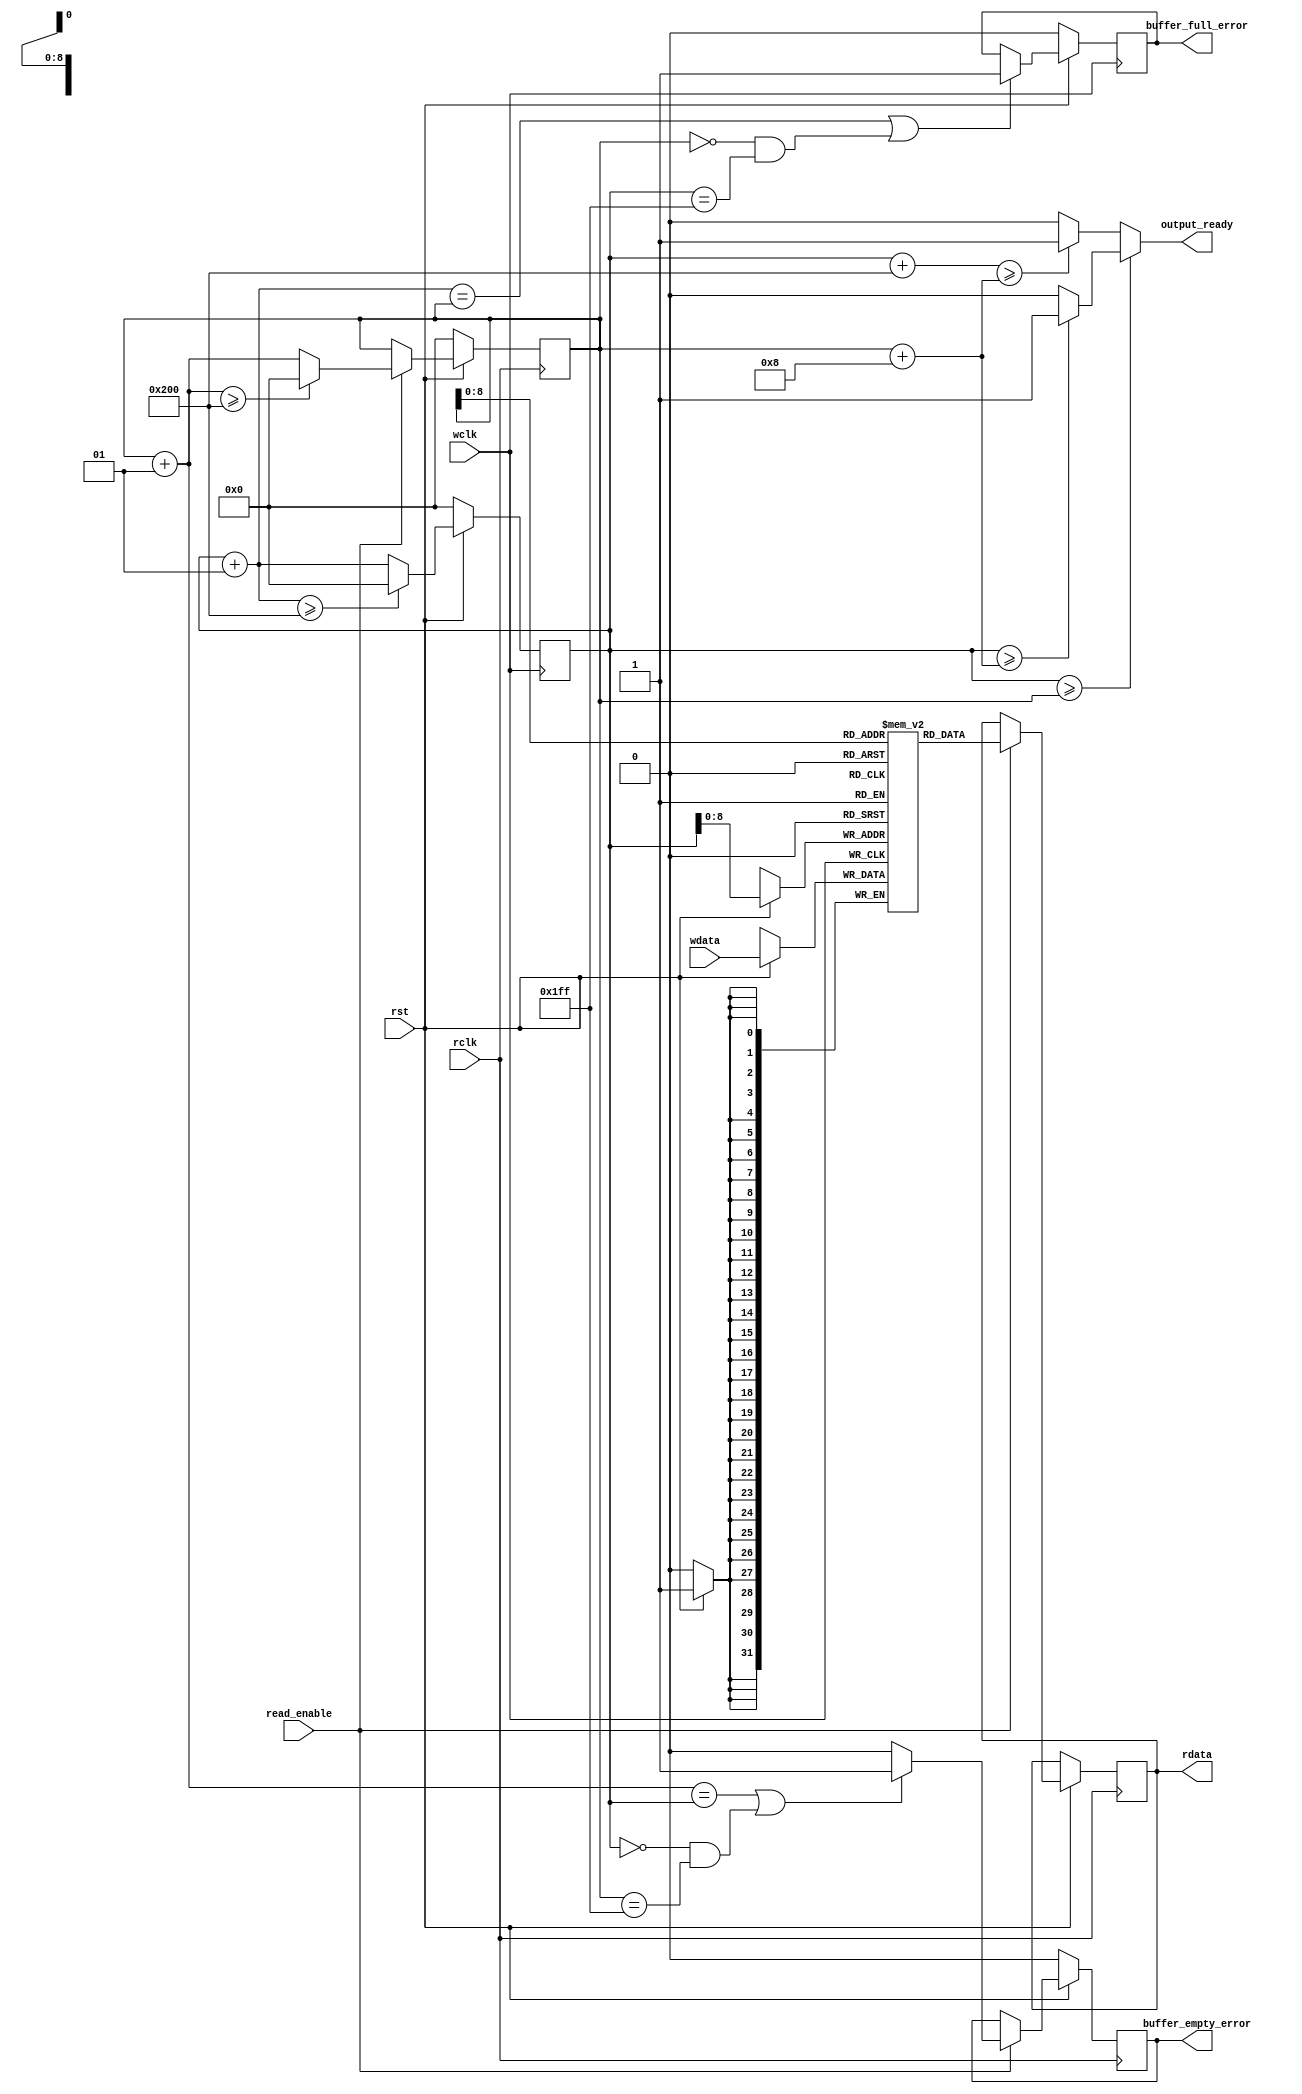
`timescale 1ns / 1ps

module my_fifo #
	(
		parameter DATA_WIDTH = 32,
		parameter NUMBER_OF_OUTPUT_WORDS = 8
	)

	(
		input wire rst,
		input wire wclk,
		input wire rclk,
		input wire [DATA_WIDTH - 1 : 0] wdata,
		output reg [DATA_WIDTH - 1 : 0] rdata = 0,
		input wire read_enable,
		output wire output_ready,
		output reg buffer_full_error = 0,
		output reg buffer_empty_error = 0
	);

	integer buffer_index_read = 0;
	integer buffer_index_write = 0;
	integer BUFFER_SIZE = NUMBER_OF_OUTPUT_WORDS * 64;
	
	reg [DATA_WIDTH - 1 : 0] buffer[(NUMBER_OF_OUTPUT_WORDS * 64) - 1 : 0];

	assign output_ready = (buffer_index_write >= buffer_index_read) ?
				((buffer_index_write >= buffer_index_read + NUMBER_OF_OUTPUT_WORDS) ? 1 : 0)
				: ((buffer_index_write + BUFFER_SIZE >= buffer_index_read + NUMBER_OF_OUTPUT_WORDS) ? 1 : 0);

	always @(posedge wclk) begin
		if(rst == 0) begin
			buffer_index_write <= 0;
			buffer_full_error <= 0;
		end
		else begin
			if((buffer_index_write + 1 == buffer_index_read) || ((buffer_index_read == 0) && (buffer_index_write == BUFFER_SIZE - 1))) begin
					buffer_full_error <= 1;
			end


			buffer[buffer_index_write] <= wdata;
			if((buffer_index_write + 1) >= BUFFER_SIZE) begin
				buffer_index_write <= 0;
			end
			else begin
				buffer_index_write <= buffer_index_write + 1;
			end
		end
	end

	always @(negedge rclk) begin
		if(rst == 0) begin
			buffer_index_read <= 0;
			buffer_empty_error <= 0;
		end
		else begin
			if(read_enable == 1) begin
				if((buffer_index_read + 1 == buffer_index_write) || ((buffer_index_write == 0) && (buffer_index_read == BUFFER_SIZE - 1))) begin
					buffer_empty_error <= 1;
				end
				else begin
					buffer_empty_error <= 0;
				end

				rdata <= buffer[buffer_index_read];
				if((buffer_index_read + 1) >= BUFFER_SIZE) begin
					buffer_index_read <= 0;
				end
				else begin
					buffer_index_read <= buffer_index_read + 1;
				end
			end
		end
	end

endmodule